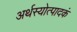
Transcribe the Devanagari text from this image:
अर्थस्योत्पादकं